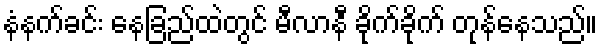
နံနက်ခင်း နေခြည်ထဲတွင် မီလာနီ ခိုက်ခိုက် တုန်နေသည်။